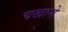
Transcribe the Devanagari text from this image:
चखाने